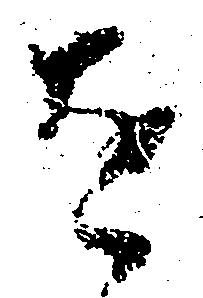
を